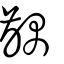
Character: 齵